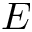
E